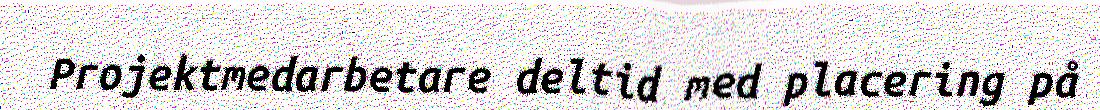
Projektmedarbetare deltid med placering på